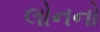
લોનનો